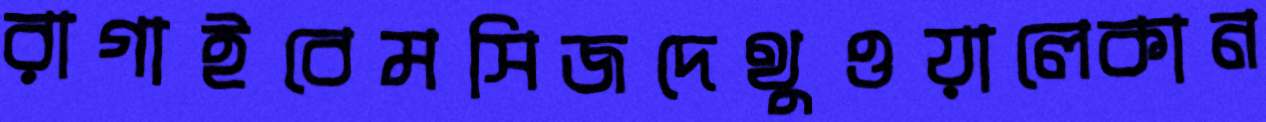
রাগাইবেমসিজদেথুওয়ালেকান